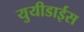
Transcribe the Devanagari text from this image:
युयीडाईस